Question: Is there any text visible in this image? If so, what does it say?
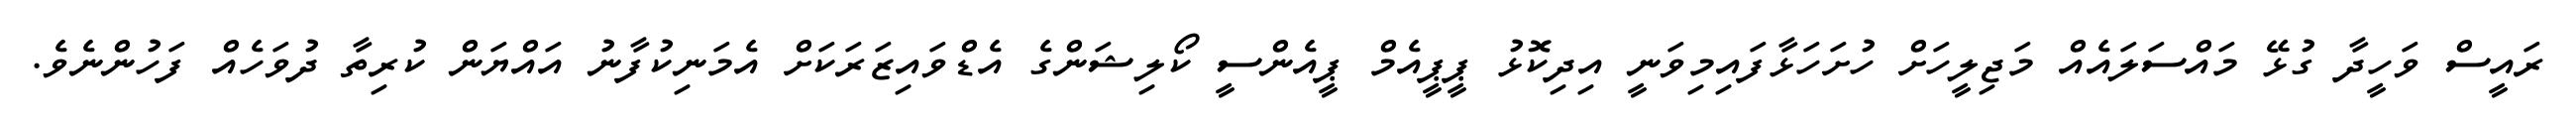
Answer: ރައީސް ވަހީދާ ގުޅޭ މައްސަލައެއް މަޖިލީހަށް ހުށަހަޅާފައިމިވަނީ އިދިކޮޅު ޕީޕީއެމް ޕީއެންސީ ކޯލިޝަންގެ އެޑްވައިޒަރަކަށް އެމަނިކުފާނު އައްޔަން ކުރިތާ ދުވަހެއް ފަހުންނެވެ.